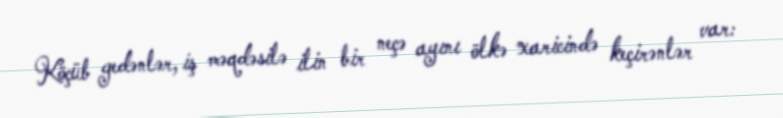
Köçüb gedənlər, iş məqdəsilə ilin bir neçə ayını ölkə xaricində keçirənlər var: